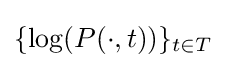
\{\log(P(\cdot ,t))\}_{t\in T}